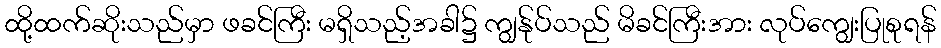
ထို့ထက်ဆိုးသည်မှာ ဖခင်ကြီး မရှိသည့်အခါ၌ ကျွန်ုပ်သည် မိခင်ကြီးအား လုပ်ကျွေးပြုစုရန်